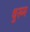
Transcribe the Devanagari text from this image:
धुरुम